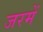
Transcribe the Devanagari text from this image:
जरमें